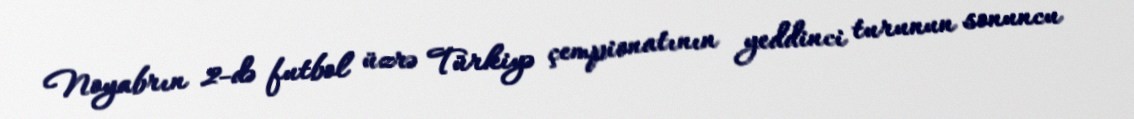
Noyabrın 2-də futbol üzrə Türkiyə çempionatının yeddinci turunun sonuncu